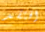
افتقد